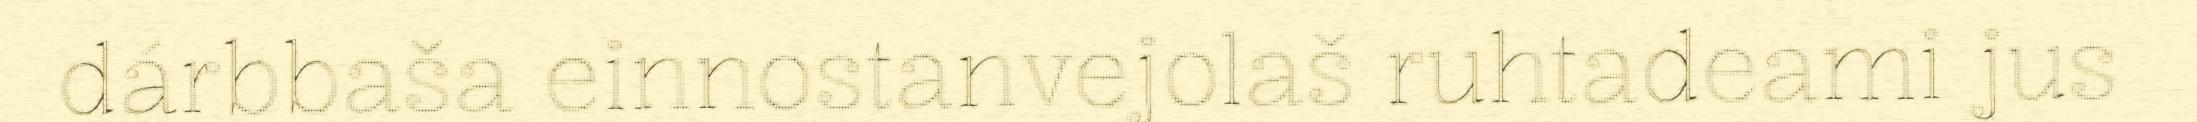
dárbbaša einnostanvejolaš ruhtadeami jus